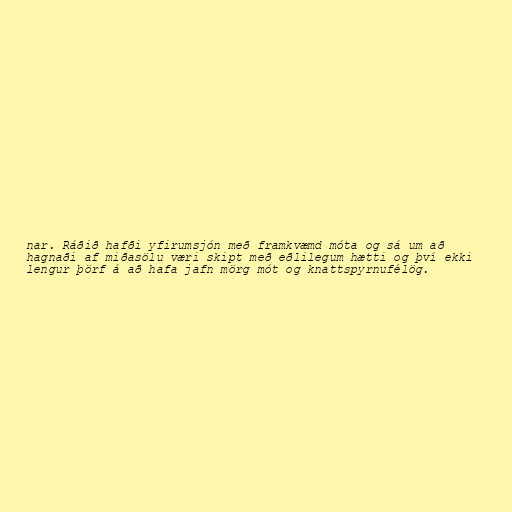
nar. Ráðið hafði yfirumsjón með framkvæmd móta og sá um að
hagnaði af miðasölu væri skipt með eðlilegum hætti og því ekki
lengur þörf á að hafa jafn mörg mót og knattspyrnufélög.